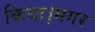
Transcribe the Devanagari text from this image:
किया।मगर